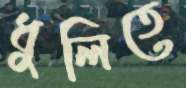
ধুলিতে